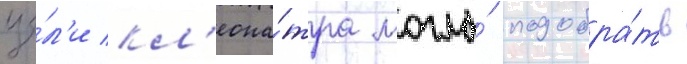
це́л'и кл'еопа́тра могла́ подобра́ть